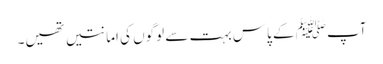
آپﷺ کے پاس بہت سے لوگوں کی امانتیں تھیں۔